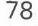
78